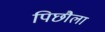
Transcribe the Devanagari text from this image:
पिछौला